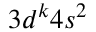
3 d ^ { k } 4 s ^ { 2 }